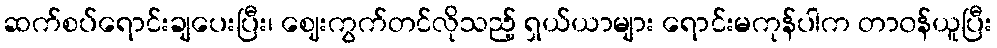
ဆက်စပ်ရောင်းချပေးပြီး၊ ဈေးကွက်တင်လိုသည့် ရှယ်ယာများ ရောင်းမကုန်ပါက တာ၀န်ယူပြီး